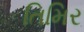
તિમિર